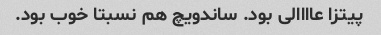
پیتزا عاااالی بود. ساندویچ هم نسبتا خوب بود.